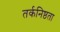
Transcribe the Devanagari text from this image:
तर्कनिष्ठता